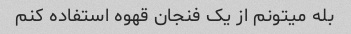
بله میتونم از یک فنجان قهوه استفاده کنم